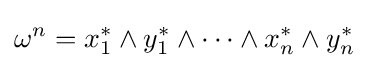
\omega ^{n}=x_{1}^{*}\wedge y_{1}^{*}\wedge \dotsb \wedge x_{n}^{*}\wedge y_{n}^{*}